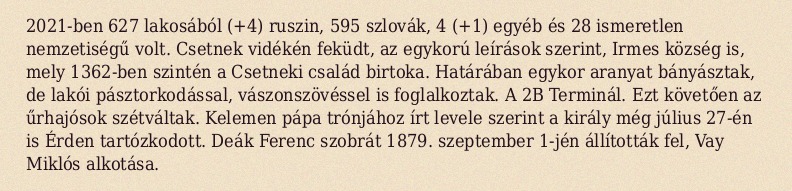
2021-ben 627 lakosából (+4) ruszin, 595 szlovák, 4 (+1) egyéb és 28 ismeretlen nemzetiségű volt. Csetnek vidékén feküdt, az egykorú leírások szerint, Irmes község is, mely 1362-ben szintén a Csetneki család birtoka. Határában egykor aranyat bányásztak, de lakói pásztorkodással, vászonszövéssel is foglalkoztak. A 2B Terminál. Ezt követően az űrhajósok szétváltak. Kelemen pápa trónjához írt levele szerint a király még július 27-én is Érden tartózkodott. Deák Ferenc szobrát 1879. szeptember 1-jén állították fel, Vay Miklós alkotása.